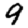
Digit: 9